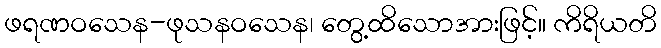
ဖရဏဝသေန-ဖုသနဝသေန၊ တွေ့ထိသောအားဖြင့်။ ကိရိယတိ